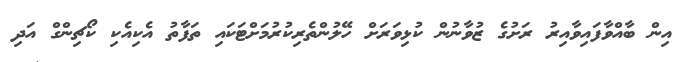
އިން ބާއްވާފައިވާއިރު ރަށުގެ ޒުވާނުން ކުޅިވަރަށް ހޭލުންތެރިކުރުމަށްޓަކައި ތަފާތު އެކިއެކި ކޯޗިންގް އަދި